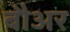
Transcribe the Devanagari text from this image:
बौअर